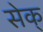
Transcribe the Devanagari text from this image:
सेक्